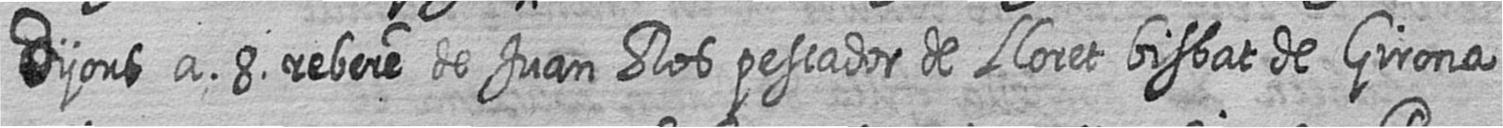
Dijous a 8 rebere de Juan Ros pescador de Lloret bisbat de Girona